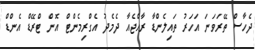
ދެހާސް ތޭރަވަނަ އަހަރު ތައިލެންޑާ ރާއްޖެއާ ދެމެދު އެގްރިމެންޓް އޮން ޓްރޭޑް އެންޑް